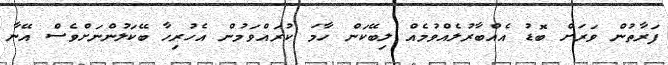
ފަރާތުން ވަރަށް ބޮޑު އެއްބާރުލެއްވުމެއް ލިބޭކަން ހާމަ ކުރައްވަމުން އެހުރިހާ ބޭކަލުންނަށްވެސް އޭނާ